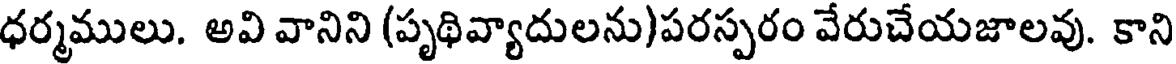
ధర్మములు. అవి వానిని (పృథివ్యాదులను)పరస్పరం వేరుచేయజాలవు. కాని